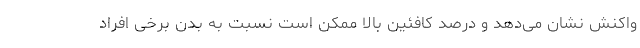
واکنش نشان می‌دهد و درصد کافئین بالا ممکن است نسبت به بدن برخی افراد